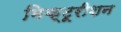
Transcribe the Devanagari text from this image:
मिक्टूरीशन